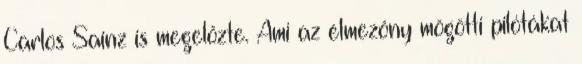
Carlos Sainz is megelőzte. Ami az élmezőny mögötti pilótákat